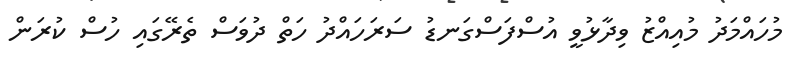
މުހައްމަދު މުއިއްޒު ވިދާޅުވީ އުސްފަސްގަނޑު ސަރަހައްދު ހަތް ދުވަސް ތެރޭގައި ހުސް ކުރަން